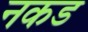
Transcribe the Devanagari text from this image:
नकड